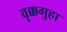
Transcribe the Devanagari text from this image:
वृक्कगुहा